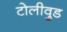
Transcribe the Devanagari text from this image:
टोलीवुड